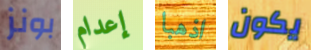
بونز إعدام اذهبا يكون